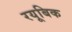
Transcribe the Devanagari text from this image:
रयूबिक